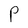
Character: P